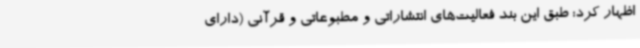
اظهار کرد: طبق این بند فعالیت‌های انتشاراتی و مطبوعاتی و قرآنی (دارای